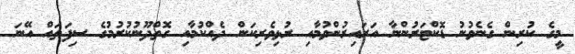
މީގެ ކުރިން ގެނެވުނު ޑޮކްޓަރުންނާ އަރައިރުންވުމާއި ރުޅިވެރިކަން ދެއްކުމާއި ގޮތްދޫނުކުރުމުގެ ސިފަތައް އޭނަ